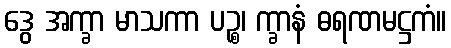
ဒွေ အက္ခာ မာသကာ ပဉ္စ၊ က္ခာနံ ဓရဏမဋ္ဌကံ။